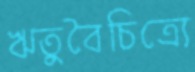
ঋতুবৈচিত্র্যে